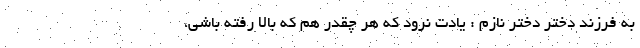
به فرزند دختر دختر نازم : یادت نرود که هر چقدر هم که بالا رفته باشی،